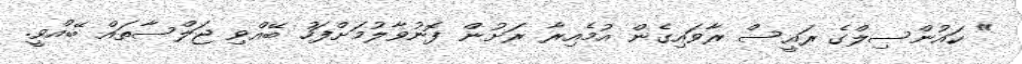
" ކައުންސިލްގެ ރައީސް ރާވައިގެން އުމެއިރާ ރަށުން ފޮނުވާލުމަށްފަހު ބޭއްވި ޖަލްސާތައް ބޭއްވީ.